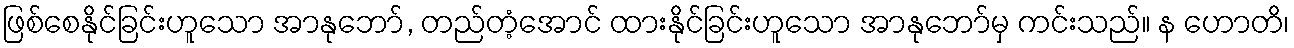
ဖြစ်စေနိုင်ခြင်းဟူသော အာနုဘော်, တည်တံ့အောင် ထားနိုင်ခြင်းဟူသော အာနုဘော်မှ ကင်းသည်။ န ဟောတိ၊